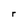
Character: r